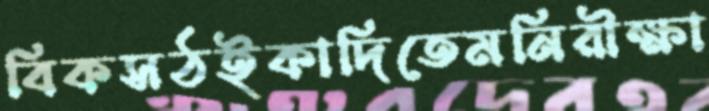
বিকসঠইকাদিতেমনিরীক্ষা